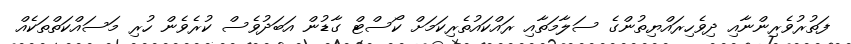
ފަތުރުވެރިންނާއި ދިވެހިރައްޔިތުންގެ ސަލާމަތާއި ރައްކައުތެރިކަމަށް ކޯސްޓް ގާޑުން އަބަދުވެސް ކުރެވެން ހުރި މަސައްކަތްތަކެއް